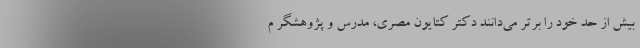
بیش از حد خود را برتر می‌دانند دکتر کتایون مصری، مدرس و پژوهشگر م